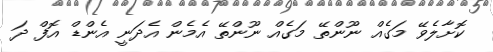
ކޮށާލެވޭ މަގެއް ނޫންތޭ މަގެއް ނޫންތޭ އެމެން އެދަނީ އެންޑް އޮފް ދަ